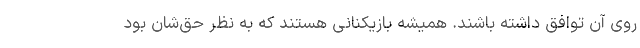
روی آن توافق داشته باشند. همیشه بازیکنانی هستند که به نظر حق‌شان بود